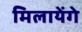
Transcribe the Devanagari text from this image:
मिलायेंगे